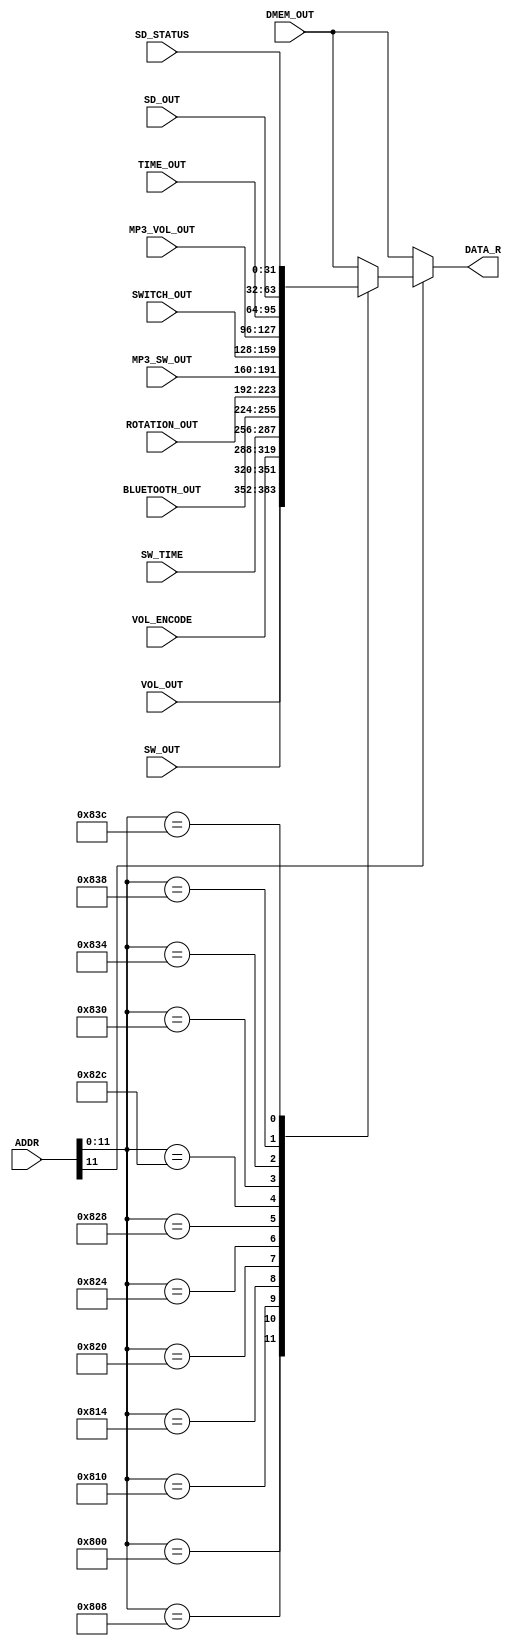
module INTERFACE_I
(
    ADDR,
    DMEM_OUT,
    VOL_OUT,
    SW_OUT,
    VOL_ENCODE,
    SW_TIME,
    BLUETOOTH_OUT,
    ROTATION_OUT,
    MP3_SW_OUT,
    SWITCH_OUT,
    MP3_VOL_OUT,
    TIME_OUT,
    SD_OUT,
    SD_STATUS,
    DATA_R
);
    input [31:0]ADDR;
    input [31:0]DMEM_OUT;
    input [31:0]VOL_OUT;
    input [31:0]SW_OUT;
    input [31:0]VOL_ENCODE;
    input [31:0]SW_TIME;
    input [31:0]BLUETOOTH_OUT;
    input [31:0]ROTATION_OUT;
    input [31:0]MP3_SW_OUT;
    input [31:0]SWITCH_OUT;
    input [31:0]MP3_VOL_OUT;
    input [31:0]TIME_OUT;
    input [31:0]SD_OUT;
    input [31:0]SD_STATUS;

    output reg [31:0]DATA_R;

    always @(*) begin
        //
        if(ADDR[11]==1'b1)begin
            case (ADDR[11:0])
                12'h800:DATA_R <= VOL_OUT; 
                12'h808:DATA_R <= SW_OUT;
                12'h810:DATA_R <= VOL_ENCODE;
                12'h814:DATA_R <= SW_TIME;
                12'h820:DATA_R <= BLUETOOTH_OUT;
                12'h824:DATA_R <= ROTATION_OUT;
                12'h828:DATA_R <= MP3_SW_OUT;
                12'h82c:DATA_R <= SWITCH_OUT;
                12'h830:DATA_R <= MP3_VOL_OUT;
                12'h834:DATA_R <= TIME_OUT;
                12'h838:DATA_R <= SD_OUT;
                12'h83c:DATA_R <= SD_STATUS;
                default:DATA_R <= DMEM_OUT;
            endcase
        end
        //DMEM
        else begin
            DATA_R <= DMEM_OUT;
        end
    end


endmodule